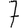
Digit: 7